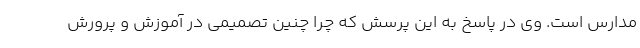
مدارس است. وی در پاسخ به این پرسش که چرا چنین تصمیمی در آموزش و پرورش